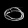
Digit: ၀